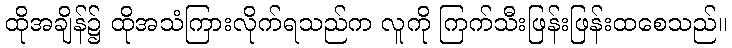
ထိုအချိန်၌ ထိုအသံကြားလိုက်ရသည်က လူကို ကြက်သီးဖြန်းဖြန်းထစေသည်။